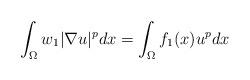
LaTeX: \begin{align*}\int_{\Omega} w_{1}|\nabla u|^p dx=\int_{\Omega}f_{1}(x)u^p dx\end{align*}